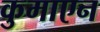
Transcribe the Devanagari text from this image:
कुमाएन